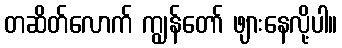
တဆိတ်လောက် ကျွန်တော် ဖျားနေလို့ပါ။